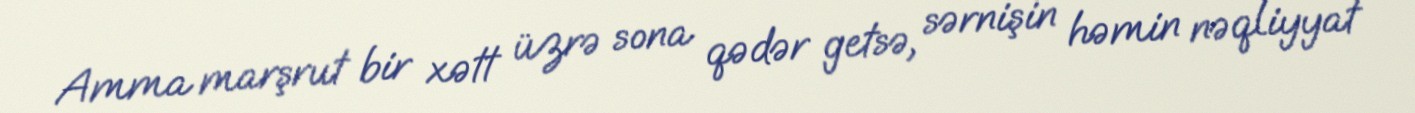
Amma marşrut bir xətt üzrə sona qədər getsə, sərnişin həmin nəqliyyat